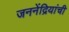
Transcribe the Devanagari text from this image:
जननेंद्रियांची